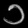
Digit: ၁